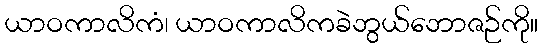
ယာဝကာလိကံ၊ ယာဝကာလိကခဲဘွယ်ဘောဇဉ်ကို။